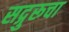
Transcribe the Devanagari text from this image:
सद्गुरूचा